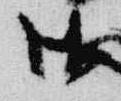
御